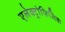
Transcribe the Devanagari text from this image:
एलेक्ट्रोफिलिक